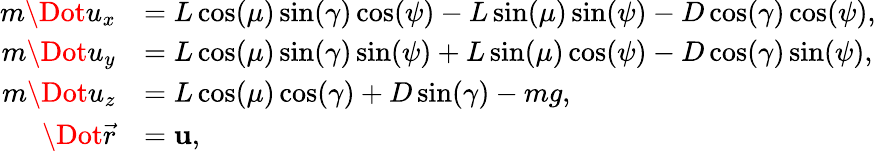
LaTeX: \begin{array}{rl}{m\Dot{u}_{x}}&{=L\cos(\mu)\sin(\gamma)\cos(\psi)-L\sin(\mu)\sin(\psi)-D\cos(\gamma)\cos(\psi),}\\ {m\Dot{u}_{y}}&{=L\cos(\mu)\sin(\gamma)\sin(\psi)+L\sin(\mu)\cos(\psi)-D\cos(\gamma)\sin(\psi),}\\ {m\Dot{u}_{z}}&{=L\cos(\mu)\cos(\gamma)+D\sin(\gamma)-mg,}\\ {\Dot{\vec{r}}}&{=\mathbf{u},}\end{array}